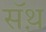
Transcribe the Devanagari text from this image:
सॅथ़